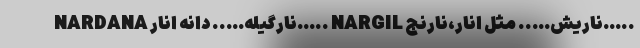
NARDANA نارگیله….. دانه انار….. NARGIL ناریش….. مثل انار،نارنج…..